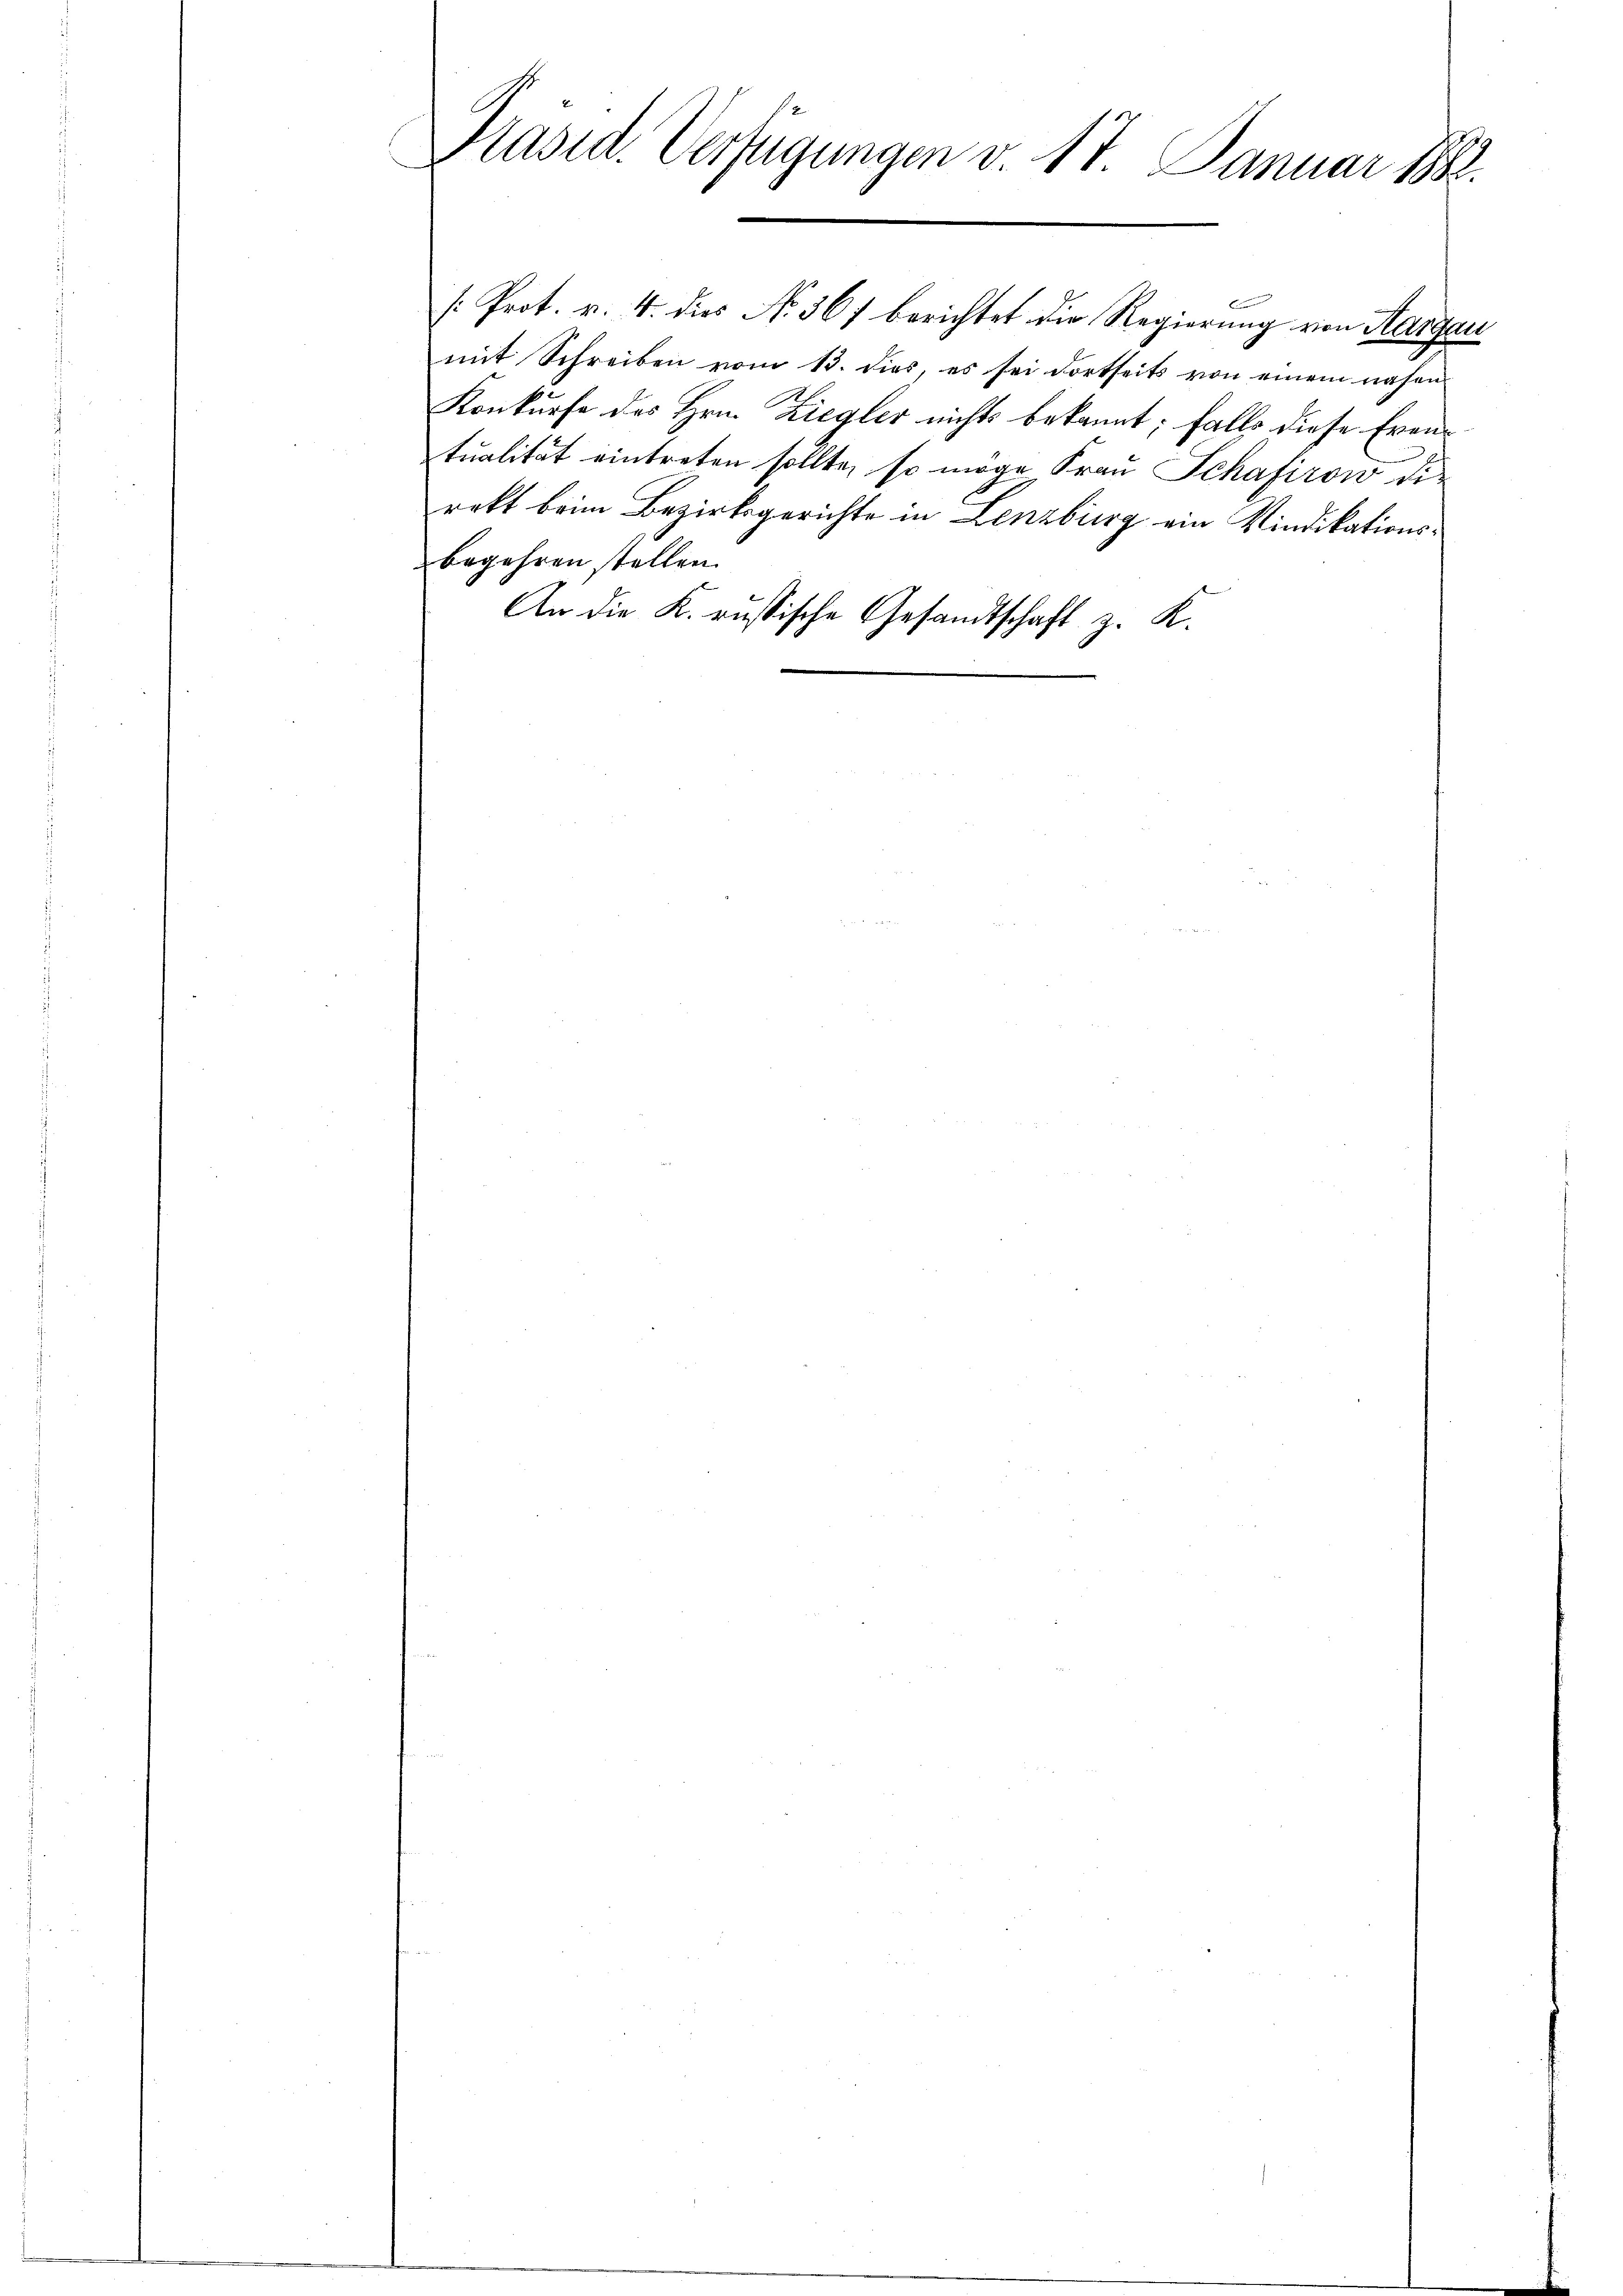
Präsid. Verfügungen v. 17. Januar 1882.

E
mit Schreiben vom 13. dies, es sei dortseits von einem nahen
Konkurse des Hrn. Ziegler nichts bekannt; falls diese Eventualität eintreten sollte, so möge Frau Schafirow die
rekt beim Bezirksgerichte in Lenzburg ein Vindikationsbegehren stellen.
An die K. russische Gesandtschaft z. K.

[Prot. v. 4. dies No. 367 berichtet die Regierung von Aargau